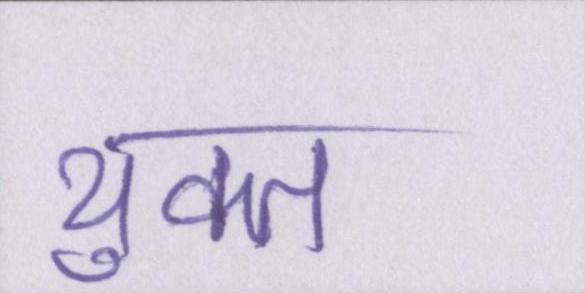
युक्त